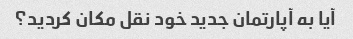
آیا به آپارتمان جدید خود نقل مکان کردید؟